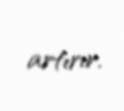
artırır.